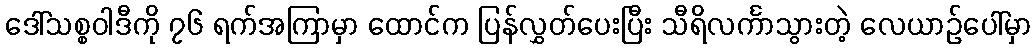
ဒေါ်သစ္စဝါဒီကို ၇၆ ရက်အကြာမှာ ထောင်က ပြန်လွှတ်ပေးပြီး သီရိလင်္ကာသွားတဲ့ လေယာဉ်ပေါ်မှာ